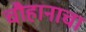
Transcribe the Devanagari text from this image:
चौहानाचा